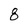
Character: 8